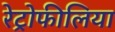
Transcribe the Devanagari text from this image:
रेट्रोफीलिया